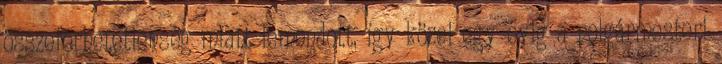
összeférhetetlenség miatt lemondott, így közel egy évig a polgármesteri